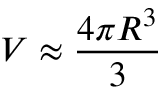
V \approx \frac { 4 \pi R ^ { 3 } } { 3 }